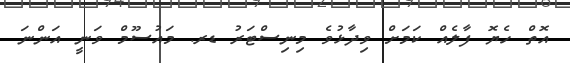
އޮތް ހެޔޮ ފާލެއް ކަމަށް ވިދާޅުވެ މިނިސްޓަރު ޑރ. މައުސޫމް ވަނީ އަންނަ